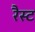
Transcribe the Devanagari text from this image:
रैस्ट